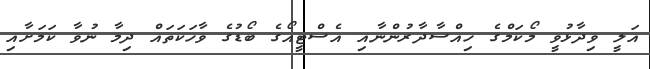
އަލީ ވިދާޅުވީ މޯކަމްގެ ހިއްސާދާރުންނާއި އެސްޓީއޯގެ ބޯޑުގެ ވާހަކަތައް ދިމާ ނުވާ ކަމަށާއި